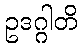
ဥဒဂ္ဂါတိ